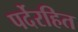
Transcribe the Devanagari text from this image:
पर्देरहित